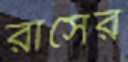
রাসের